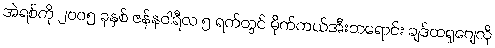
အဲရစ်ကို ၂၀၀၅ ခုနှစ် ဇန်နဝါရီလ ၅ ရက်တွင် မိုက်ကယ်အီးဘရောင်း ချဒ်ထရူဂျေလို